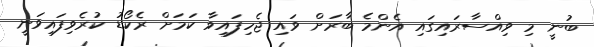
ބުނީ މި ވިއްސާރައިގައި އެންމެ ބާރަށް ވައި ޖެހިފައިވާ ކަމަށް ރެކޯޑު ކުރެވިފައިވަނީ